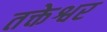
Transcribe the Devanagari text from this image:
तक्तेश्वर